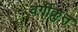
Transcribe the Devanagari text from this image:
वर्गीक्रुत